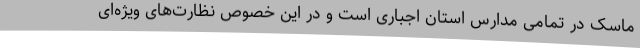
ماسک در تمامی مدارس استان اجباری است و در این خصوص نظارت‌های ویژه‌ای